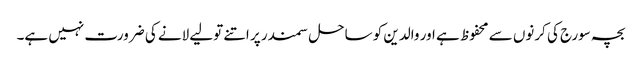
بچہ سورج کی کرنوں سے محفوظ ہے اور والدین کو ساحل سمندر پر اتنے تولیے لانے کی ضرورت نہیں ہے۔